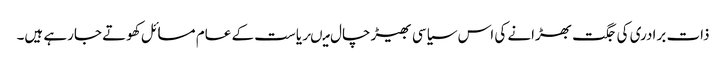
ذات برادری کی جگت بھڑانے کی اس سیاسی بھیڑ چال میںریاست کے عام مسائل کھوتے جارہے ہیں۔